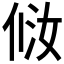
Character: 𰂈